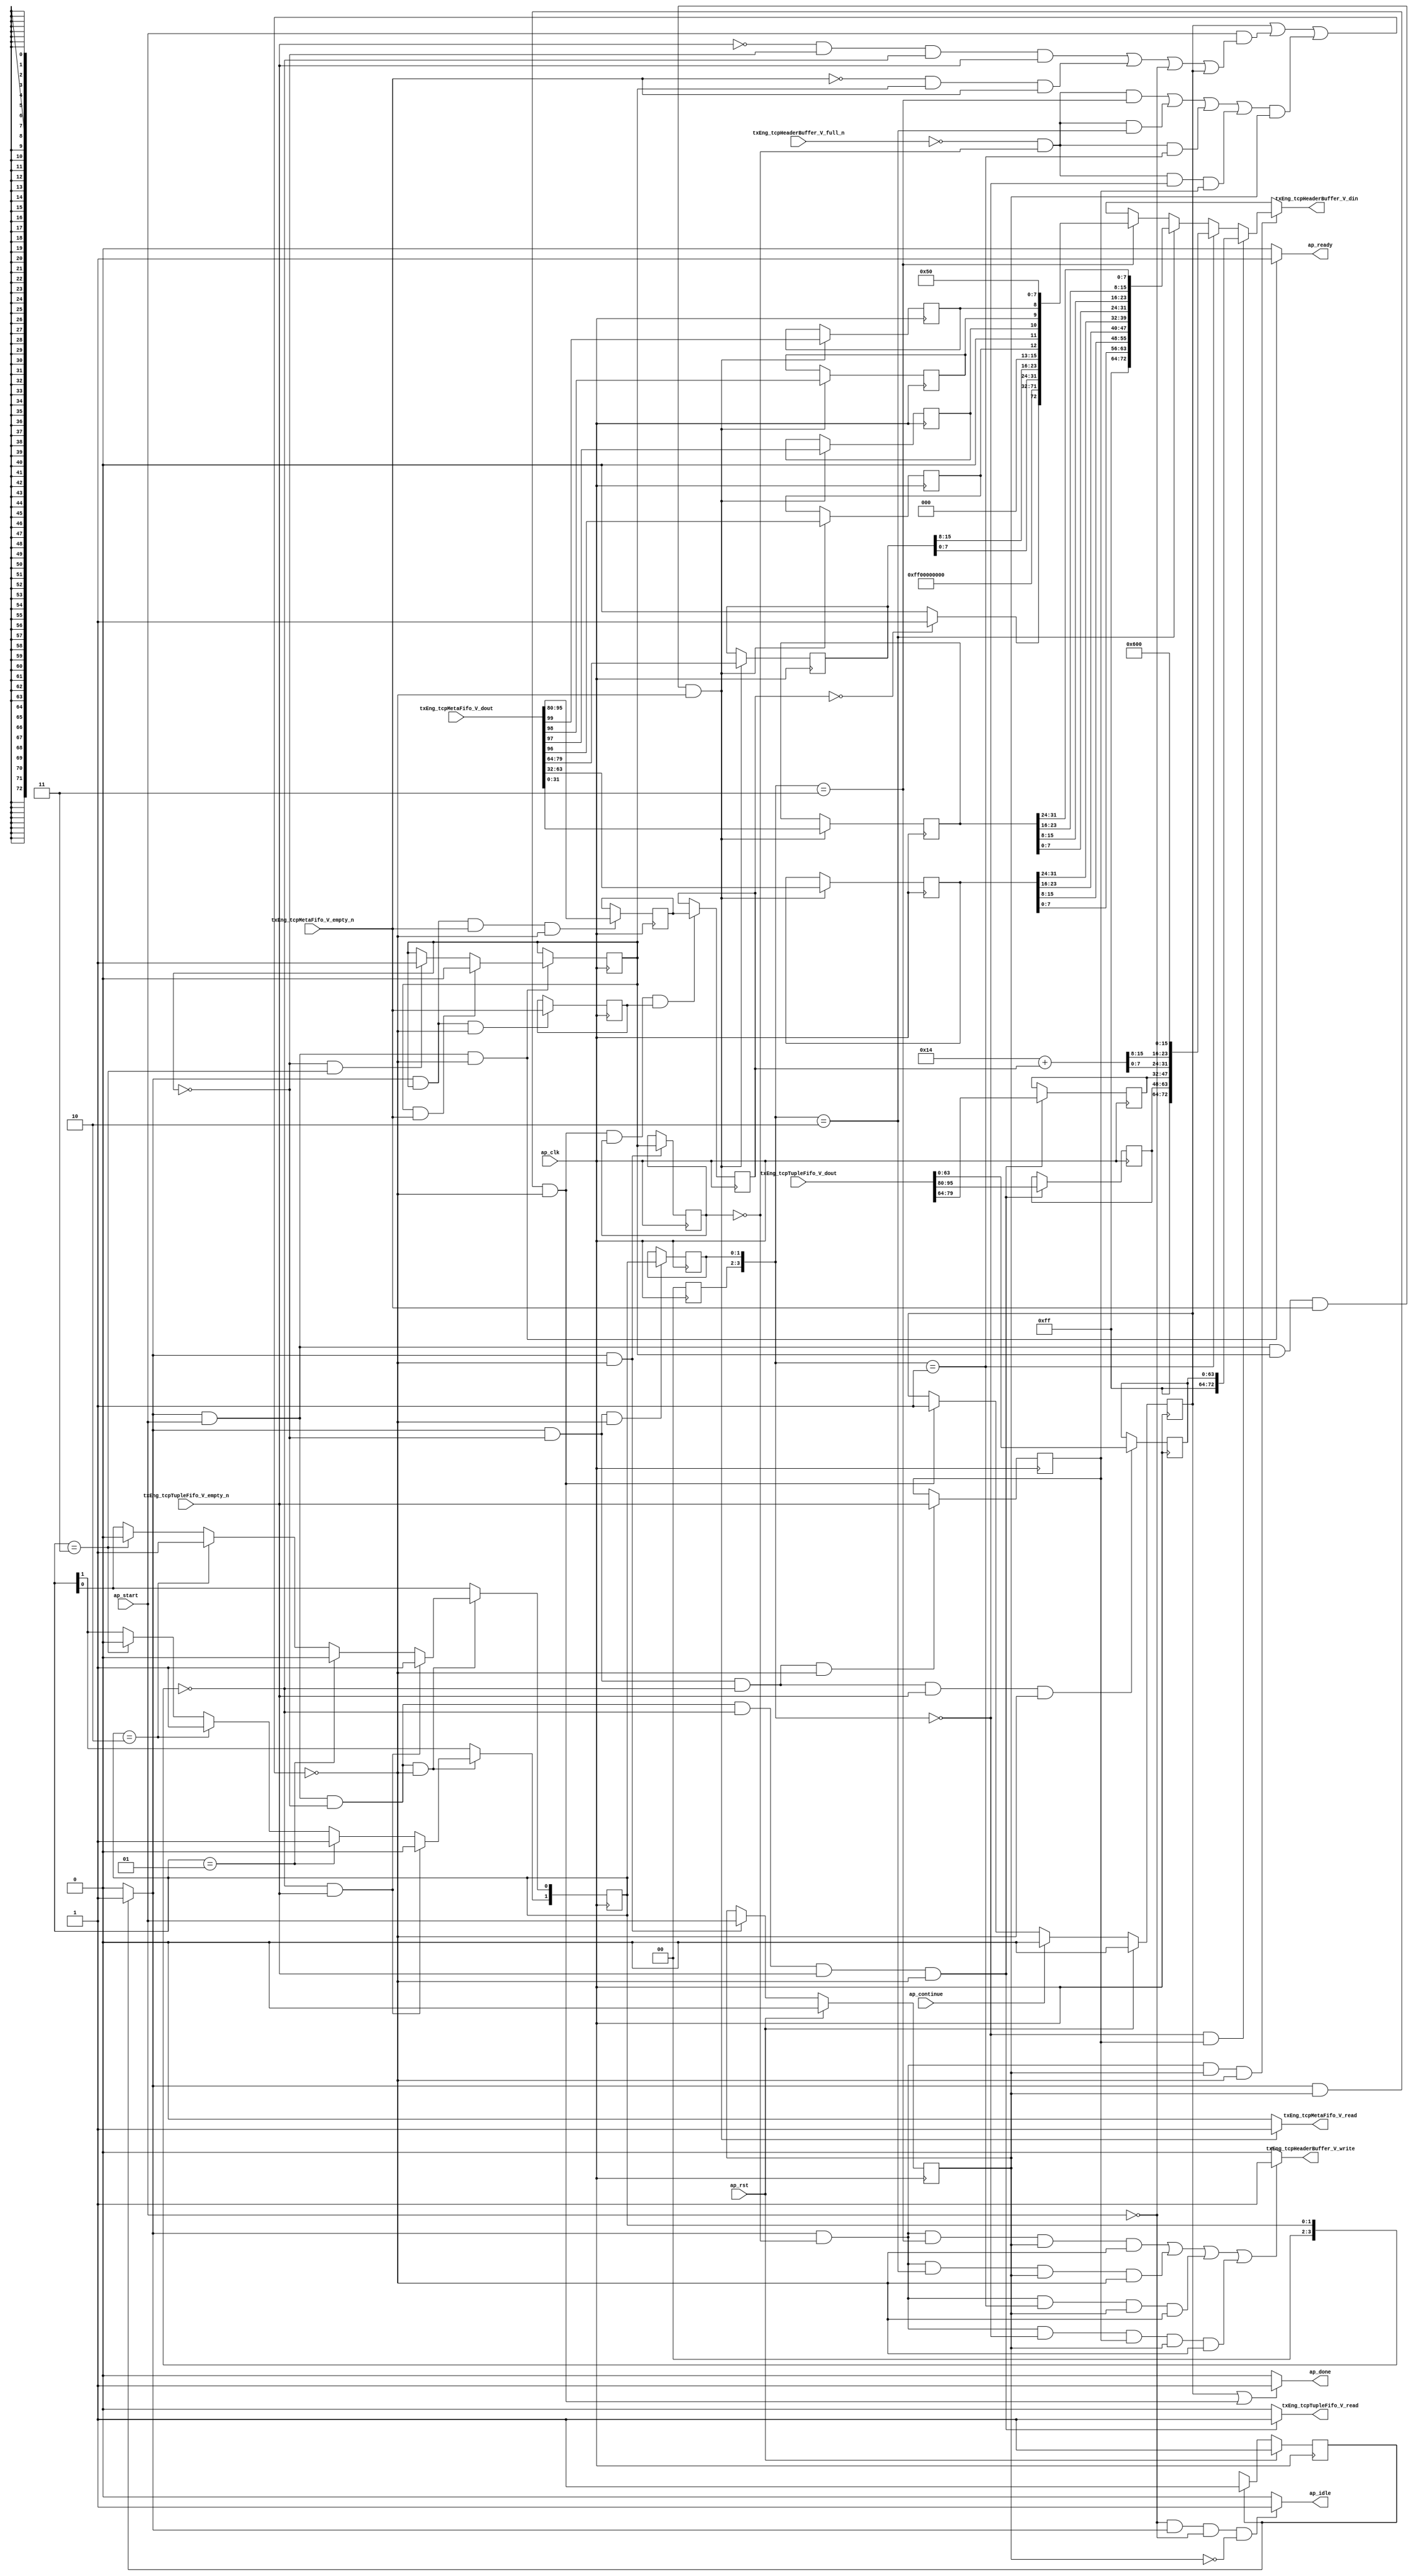
// ==============================================================
// RTL generated by Vivado(TM) HLS - High-Level Synthesis from C, C++ and SystemC
// Version: 2015.1
// Copyright (C) 2015 Xilinx Inc. All rights reserved.
// 
// ===========================================================

`timescale 1 ns / 1 ps 

module toe_pseudoHeaderConstruction (
        ap_clk,
        ap_rst,
        ap_start,
        ap_done,
        ap_continue,
        ap_idle,
        ap_ready,
        txEng_tcpTupleFifo_V_dout,
        txEng_tcpTupleFifo_V_empty_n,
        txEng_tcpTupleFifo_V_read,
        txEng_tcpMetaFifo_V_dout,
        txEng_tcpMetaFifo_V_empty_n,
        txEng_tcpMetaFifo_V_read,
        txEng_tcpHeaderBuffer_V_din,
        txEng_tcpHeaderBuffer_V_full_n,
        txEng_tcpHeaderBuffer_V_write
);

parameter    ap_const_logic_1 = 1'b1;
parameter    ap_const_logic_0 = 1'b0;
parameter    ap_ST_pp0_stg0_fsm_0 = 1'b1;
parameter    ap_const_lv32_0 = 32'b00000000000000000000000000000000;
parameter    ap_const_lv1_1 = 1'b1;
parameter    ap_const_lv1_0 = 1'b0;
parameter    ap_const_lv4_0 = 4'b0000;
parameter    ap_const_lv4_3 = 4'b11;
parameter    ap_const_lv4_2 = 4'b10;
parameter    ap_const_lv4_1 = 4'b1;
parameter    ap_const_lv16_0 = 16'b0000000000000000;
parameter    ap_const_lv32_40 = 32'b1000000;
parameter    ap_const_lv32_4F = 32'b1001111;
parameter    ap_const_lv32_50 = 32'b1010000;
parameter    ap_const_lv32_5F = 32'b1011111;
parameter    ap_const_lv32_20 = 32'b100000;
parameter    ap_const_lv32_3F = 32'b111111;
parameter    ap_const_lv32_60 = 32'b1100000;
parameter    ap_const_lv32_61 = 32'b1100001;
parameter    ap_const_lv32_62 = 32'b1100010;
parameter    ap_const_lv32_63 = 32'b1100011;
parameter    ap_const_lv32_8 = 32'b1000;
parameter    ap_const_lv32_F = 32'b1111;
parameter    ap_const_lv40_FF00000000 = 40'b1111111100000000000000000000000000000000;
parameter    ap_const_lv3_0 = 3'b000;
parameter    ap_const_lv8_50 = 8'b1010000;
parameter    ap_const_lv32_18 = 32'b11000;
parameter    ap_const_lv32_1F = 32'b11111;
parameter    ap_const_lv32_10 = 32'b10000;
parameter    ap_const_lv32_17 = 32'b10111;
parameter    ap_const_lv9_FF = 9'b11111111;
parameter    ap_const_lv16_14 = 16'b10100;
parameter    ap_const_lv16_600 = 16'b11000000000;
parameter    ap_true = 1'b1;

input   ap_clk;
input   ap_rst;
input   ap_start;
output   ap_done;
input   ap_continue;
output   ap_idle;
output   ap_ready;
input  [95:0] txEng_tcpTupleFifo_V_dout;
input   txEng_tcpTupleFifo_V_empty_n;
output   txEng_tcpTupleFifo_V_read;
input  [99:0] txEng_tcpMetaFifo_V_dout;
input   txEng_tcpMetaFifo_V_empty_n;
output   txEng_tcpMetaFifo_V_read;
output  [72:0] txEng_tcpHeaderBuffer_V_din;
input   txEng_tcpHeaderBuffer_V_full_n;
output   txEng_tcpHeaderBuffer_V_write;

reg ap_done;
reg ap_idle;
reg ap_ready;
reg txEng_tcpTupleFifo_V_read;
reg txEng_tcpMetaFifo_V_read;
reg[72:0] txEng_tcpHeaderBuffer_V_din;
reg txEng_tcpHeaderBuffer_V_write;
reg    ap_done_reg = 1'b0;
(* fsm_encoding = "none" *) reg   [0:0] ap_CS_fsm = 1'b1;
reg    ap_sig_cseq_ST_pp0_stg0_fsm_0;
reg    ap_sig_bdd_20;
wire    ap_reg_ppiten_pp0_it0;
reg    ap_reg_ppiten_pp0_it1 = 1'b0;
wire   [3:0] phc_currWord_load_load_fu_228_p1;
wire   [0:0] tmp_54_nbreadreq_fu_188_p3;
wire   [0:0] tmp_nbreadreq_fu_202_p3;
reg    ap_sig_bdd_68;
reg   [0:0] phc_done_load_reg_640;
reg   [3:0] phc_currWord_load_reg_644;
reg   [0:0] tmp_54_reg_648;
reg    ap_sig_bdd_100;
reg   [0:0] phc_done = 1'b1;
reg   [15:0] phc_meta_length_V = 16'b0000000000000000;
reg   [31:0] phc_meta_seqNumb_V = 32'b00000000000000000000000000000000;
reg   [31:0] phc_meta_ackNumb_V = 32'b00000000000000000000000000000000;
reg   [15:0] phc_meta_window_size_V = 16'b0000000000000000;
reg   [0:0] phc_meta_ack_V = 1'b0;
reg   [0:0] phc_meta_rst_V = 1'b0;
reg   [0:0] phc_meta_syn_V = 1'b0;
reg   [0:0] phc_meta_fin_V = 1'b0;
reg   [3:0] phc_currWord = 4'b0000;
reg   [15:0] phc_tuple_srcPort_V = 16'b0000000000000000;
reg   [15:0] phc_tuple_dstPort_V = 16'b0000000000000000;
wire   [63:0] tmp_261_fu_288_p1;
reg   [63:0] tmp_261_reg_652;
reg   [0:0] tmp_reg_657;
reg   [15:0] tmp_length_V_load_new_reg_661;
wire   [72:0] tmp_5_fu_456_p12;
wire   [72:0] tmp_4_fu_559_p10;
wire   [72:0] tmp_3_fu_610_p7;
wire   [72:0] tmp_2_fu_627_p3;
wire   [31:0] tmp_252_fu_298_p1;
wire   [0:0] tmp_last_V_fu_450_p2;
wire   [7:0] tmp_260_fu_446_p1;
wire   [7:0] p_Result_1_fu_436_p4;
wire   [7:0] tmp_259_fu_555_p1;
wire   [7:0] p_Result_4_fu_545_p4;
wire   [7:0] p_Result_3_fu_535_p4;
wire   [7:0] p_Result_2_fu_525_p4;
wire   [7:0] tmp_258_fu_517_p1;
wire   [7:0] p_Result_9_fu_507_p4;
wire   [7:0] p_Result_8_fu_497_p4;
wire   [7:0] p_Result_7_fu_487_p4;
wire   [15:0] length_V_fu_582_p2;
wire   [7:0] tmp_257_fu_598_p1;
wire   [7:0] p_Result_s_fu_588_p4;
reg   [0:0] ap_NS_fsm;
reg    ap_sig_pprstidle_pp0;
reg    ap_sig_bdd_391;
reg    ap_sig_bdd_390;
reg    ap_sig_bdd_153;
reg    ap_sig_bdd_62;
reg    ap_sig_bdd_107;
reg    ap_sig_bdd_400;
reg    ap_sig_bdd_399;




/// the current state (ap_CS_fsm) of the state machine. ///
always @ (posedge ap_clk)
begin : ap_ret_ap_CS_fsm
    if (ap_rst == 1'b1) begin
        ap_CS_fsm <= ap_ST_pp0_stg0_fsm_0;
    end else begin
        ap_CS_fsm <= ap_NS_fsm;
    end
end

/// ap_done_reg assign process. ///
always @ (posedge ap_clk)
begin : ap_ret_ap_done_reg
    if (ap_rst == 1'b1) begin
        ap_done_reg <= ap_const_logic_0;
    end else begin
        if ((ap_const_logic_1 == ap_continue)) begin
            ap_done_reg <= ap_const_logic_0;
        end else if (((ap_const_logic_1 == ap_sig_cseq_ST_pp0_stg0_fsm_0) & (ap_const_logic_1 == ap_reg_ppiten_pp0_it1) & ~((ap_done_reg == ap_const_logic_1) | ((ap_const_logic_1 == ap_reg_ppiten_pp0_it0) & ap_sig_bdd_68) | (ap_sig_bdd_100 & (ap_const_logic_1 == ap_reg_ppiten_pp0_it1))))) begin
            ap_done_reg <= ap_const_logic_1;
        end
    end
end

/// ap_reg_ppiten_pp0_it1 assign process. ///
always @ (posedge ap_clk)
begin : ap_ret_ap_reg_ppiten_pp0_it1
    if (ap_rst == 1'b1) begin
        ap_reg_ppiten_pp0_it1 <= ap_const_logic_0;
    end else begin
        if (((ap_const_logic_1 == ap_sig_cseq_ST_pp0_stg0_fsm_0) & ~((ap_done_reg == ap_const_logic_1) | ((ap_const_logic_1 == ap_reg_ppiten_pp0_it0) & ap_sig_bdd_68) | (ap_sig_bdd_100 & (ap_const_logic_1 == ap_reg_ppiten_pp0_it1))))) begin
            ap_reg_ppiten_pp0_it1 <= ap_reg_ppiten_pp0_it0;
        end
    end
end

/// assign process. ///
always @(posedge ap_clk)
begin
    if (ap_sig_bdd_390) begin
        if (ap_sig_bdd_391) begin
            phc_currWord[0] <= 1'b1;
            phc_currWord[1] <= 1'b0;
        end else if ((phc_currWord_load_load_fu_228_p1 == ap_const_lv4_1)) begin
            phc_currWord[0] <= 1'b0;
            phc_currWord[1] <= 1'b1;
        end else if ((phc_currWord_load_load_fu_228_p1 == ap_const_lv4_2)) begin
            phc_currWord[0] <= 1'b1;
            phc_currWord[1] <= 1'b1;
        end else if ((phc_currWord_load_load_fu_228_p1 == ap_const_lv4_3)) begin
            phc_currWord[0] <= 1'b0;
            phc_currWord[1] <= 1'b0;
        end
    end
end

/// assign process. ///
always @(posedge ap_clk)
begin
    if (ap_sig_bdd_107) begin
        if (ap_sig_bdd_62) begin
            phc_done <= ap_const_lv1_0;
        end else if (ap_sig_bdd_153) begin
            phc_done <= ap_const_lv1_1;
        end
    end
end

/// assign process. ///
always @(posedge ap_clk)
begin
    if (((ap_const_logic_1 == ap_sig_cseq_ST_pp0_stg0_fsm_0) & (phc_done == ap_const_lv1_0) & ~((ap_done_reg == ap_const_logic_1) | ((ap_const_logic_1 == ap_reg_ppiten_pp0_it0) & ap_sig_bdd_68) | (ap_sig_bdd_100 & (ap_const_logic_1 == ap_reg_ppiten_pp0_it1))))) begin
        phc_currWord_load_reg_644[1 : 0] <= phc_currWord[1 : 0];
    end
end

/// assign process. ///
always @(posedge ap_clk)
begin
    if (((ap_const_logic_1 == ap_sig_cseq_ST_pp0_stg0_fsm_0) & ~((ap_done_reg == ap_const_logic_1) | ((ap_const_logic_1 == ap_reg_ppiten_pp0_it0) & ap_sig_bdd_68) | (ap_sig_bdd_100 & (ap_const_logic_1 == ap_reg_ppiten_pp0_it1))))) begin
        phc_done_load_reg_640 <= phc_done;
    end
end

/// assign process. ///
always @(posedge ap_clk)
begin
    if (((ap_const_logic_1 == ap_sig_cseq_ST_pp0_stg0_fsm_0) & (ap_const_logic_1 == ap_reg_ppiten_pp0_it0) & ~(phc_done == ap_const_lv1_0) & ~(ap_const_lv1_0 == tmp_nbreadreq_fu_202_p3) & ~((ap_done_reg == ap_const_logic_1) | ((ap_const_logic_1 == ap_reg_ppiten_pp0_it0) & ap_sig_bdd_68) | (ap_sig_bdd_100 & (ap_const_logic_1 == ap_reg_ppiten_pp0_it1))))) begin
        phc_meta_ackNumb_V <= {{txEng_tcpMetaFifo_V_dout[ap_const_lv32_3F : ap_const_lv32_20]}};
        phc_meta_ack_V <= txEng_tcpMetaFifo_V_dout[ap_const_lv32_60];
        phc_meta_fin_V <= txEng_tcpMetaFifo_V_dout[ap_const_lv32_63];
        phc_meta_rst_V <= txEng_tcpMetaFifo_V_dout[ap_const_lv32_61];
        phc_meta_seqNumb_V <= tmp_252_fu_298_p1;
        phc_meta_syn_V <= txEng_tcpMetaFifo_V_dout[ap_const_lv32_62];
        phc_meta_window_size_V <= {{txEng_tcpMetaFifo_V_dout[ap_const_lv32_4F : ap_const_lv32_40]}};
    end
end

/// assign process. ///
always @(posedge ap_clk)
begin
    if (((ap_const_logic_1 == ap_sig_cseq_ST_pp0_stg0_fsm_0) & (ap_const_logic_1 == ap_reg_ppiten_pp0_it1) & ~((ap_done_reg == ap_const_logic_1) | ((ap_const_logic_1 == ap_reg_ppiten_pp0_it0) & ap_sig_bdd_68) | (ap_sig_bdd_100 & (ap_const_logic_1 == ap_reg_ppiten_pp0_it1))) & ~(ap_const_lv1_0 == phc_done_load_reg_640) & ~(ap_const_lv1_0 == tmp_reg_657))) begin
        phc_meta_length_V <= tmp_length_V_load_new_reg_661;
    end
end

/// assign process. ///
always @(posedge ap_clk)
begin
    if (((ap_const_logic_1 == ap_sig_cseq_ST_pp0_stg0_fsm_0) & (ap_const_logic_1 == ap_reg_ppiten_pp0_it0) & (phc_done == ap_const_lv1_0) & (phc_currWord == ap_const_lv4_0) & ~(ap_const_lv1_0 == tmp_54_nbreadreq_fu_188_p3) & ~((ap_done_reg == ap_const_logic_1) | ((ap_const_logic_1 == ap_reg_ppiten_pp0_it0) & ap_sig_bdd_68) | (ap_sig_bdd_100 & (ap_const_logic_1 == ap_reg_ppiten_pp0_it1))))) begin
        phc_tuple_dstPort_V <= {{txEng_tcpTupleFifo_V_dout[ap_const_lv32_5F : ap_const_lv32_50]}};
        phc_tuple_srcPort_V <= {{txEng_tcpTupleFifo_V_dout[ap_const_lv32_4F : ap_const_lv32_40]}};
    end
end

/// assign process. ///
always @(posedge ap_clk)
begin
    if (((ap_const_logic_1 == ap_sig_cseq_ST_pp0_stg0_fsm_0) & (phc_done == ap_const_lv1_0) & (phc_currWord == ap_const_lv4_0) & ~(ap_const_lv1_0 == tmp_54_nbreadreq_fu_188_p3) & ~((ap_done_reg == ap_const_logic_1) | ((ap_const_logic_1 == ap_reg_ppiten_pp0_it0) & ap_sig_bdd_68) | (ap_sig_bdd_100 & (ap_const_logic_1 == ap_reg_ppiten_pp0_it1))))) begin
        tmp_261_reg_652 <= tmp_261_fu_288_p1;
    end
end

/// assign process. ///
always @(posedge ap_clk)
begin
    if (((ap_const_logic_1 == ap_sig_cseq_ST_pp0_stg0_fsm_0) & (phc_done == ap_const_lv1_0) & (phc_currWord == ap_const_lv4_0) & ~((ap_done_reg == ap_const_logic_1) | ((ap_const_logic_1 == ap_reg_ppiten_pp0_it0) & ap_sig_bdd_68) | (ap_sig_bdd_100 & (ap_const_logic_1 == ap_reg_ppiten_pp0_it1))))) begin
        tmp_54_reg_648 <= tmp_54_nbreadreq_fu_188_p3;
    end
end

/// assign process. ///
always @(posedge ap_clk)
begin
    if (((ap_const_logic_1 == ap_sig_cseq_ST_pp0_stg0_fsm_0) & ~(phc_done == ap_const_lv1_0) & ~(ap_const_lv1_0 == tmp_nbreadreq_fu_202_p3) & ~((ap_done_reg == ap_const_logic_1) | ((ap_const_logic_1 == ap_reg_ppiten_pp0_it0) & ap_sig_bdd_68) | (ap_sig_bdd_100 & (ap_const_logic_1 == ap_reg_ppiten_pp0_it1))))) begin
        tmp_length_V_load_new_reg_661 <= {{txEng_tcpMetaFifo_V_dout[ap_const_lv32_5F : ap_const_lv32_50]}};
    end
end

/// assign process. ///
always @(posedge ap_clk)
begin
    if (((ap_const_logic_1 == ap_sig_cseq_ST_pp0_stg0_fsm_0) & ~(phc_done == ap_const_lv1_0) & ~((ap_done_reg == ap_const_logic_1) | ((ap_const_logic_1 == ap_reg_ppiten_pp0_it0) & ap_sig_bdd_68) | (ap_sig_bdd_100 & (ap_const_logic_1 == ap_reg_ppiten_pp0_it1))))) begin
        tmp_reg_657 <= tmp_nbreadreq_fu_202_p3;
    end
end

/// ap_done assign process. ///
always @ (ap_done_reg or ap_sig_cseq_ST_pp0_stg0_fsm_0 or ap_reg_ppiten_pp0_it0 or ap_reg_ppiten_pp0_it1 or ap_sig_bdd_68 or ap_sig_bdd_100)
begin
    if (((ap_const_logic_1 == ap_done_reg) | ((ap_const_logic_1 == ap_sig_cseq_ST_pp0_stg0_fsm_0) & (ap_const_logic_1 == ap_reg_ppiten_pp0_it1) & ~((ap_done_reg == ap_const_logic_1) | ((ap_const_logic_1 == ap_reg_ppiten_pp0_it0) & ap_sig_bdd_68) | (ap_sig_bdd_100 & (ap_const_logic_1 == ap_reg_ppiten_pp0_it1)))))) begin
        ap_done = ap_const_logic_1;
    end else begin
        ap_done = ap_const_logic_0;
    end
end

/// ap_idle assign process. ///
always @ (ap_start or ap_sig_cseq_ST_pp0_stg0_fsm_0 or ap_reg_ppiten_pp0_it0 or ap_reg_ppiten_pp0_it1)
begin
    if ((~(ap_const_logic_1 == ap_start) & (ap_const_logic_1 == ap_sig_cseq_ST_pp0_stg0_fsm_0) & (ap_const_logic_0 == ap_reg_ppiten_pp0_it0) & (ap_const_logic_0 == ap_reg_ppiten_pp0_it1))) begin
        ap_idle = ap_const_logic_1;
    end else begin
        ap_idle = ap_const_logic_0;
    end
end

/// ap_ready assign process. ///
always @ (ap_done_reg or ap_sig_cseq_ST_pp0_stg0_fsm_0 or ap_reg_ppiten_pp0_it0 or ap_reg_ppiten_pp0_it1 or ap_sig_bdd_68 or ap_sig_bdd_100)
begin
    if (((ap_const_logic_1 == ap_sig_cseq_ST_pp0_stg0_fsm_0) & (ap_const_logic_1 == ap_reg_ppiten_pp0_it0) & ~((ap_done_reg == ap_const_logic_1) | ((ap_const_logic_1 == ap_reg_ppiten_pp0_it0) & ap_sig_bdd_68) | (ap_sig_bdd_100 & (ap_const_logic_1 == ap_reg_ppiten_pp0_it1))))) begin
        ap_ready = ap_const_logic_1;
    end else begin
        ap_ready = ap_const_logic_0;
    end
end

/// ap_sig_cseq_ST_pp0_stg0_fsm_0 assign process. ///
always @ (ap_sig_bdd_20)
begin
    if (ap_sig_bdd_20) begin
        ap_sig_cseq_ST_pp0_stg0_fsm_0 = ap_const_logic_1;
    end else begin
        ap_sig_cseq_ST_pp0_stg0_fsm_0 = ap_const_logic_0;
    end
end

/// ap_sig_pprstidle_pp0 assign process. ///
always @ (ap_start or ap_reg_ppiten_pp0_it0)
begin
    if (((ap_const_logic_0 == ap_reg_ppiten_pp0_it0) & (ap_const_logic_0 == ap_start))) begin
        ap_sig_pprstidle_pp0 = ap_const_logic_1;
    end else begin
        ap_sig_pprstidle_pp0 = ap_const_logic_0;
    end
end

/// txEng_tcpHeaderBuffer_V_din assign process. ///
always @ (phc_currWord_load_reg_644 or tmp_5_fu_456_p12 or tmp_4_fu_559_p10 or tmp_3_fu_610_p7 or tmp_2_fu_627_p3 or ap_sig_bdd_400 or ap_sig_bdd_399)
begin
    if (ap_sig_bdd_399) begin
        if (ap_sig_bdd_400) begin
            txEng_tcpHeaderBuffer_V_din = tmp_2_fu_627_p3;
        end else if ((phc_currWord_load_reg_644 == ap_const_lv4_1)) begin
            txEng_tcpHeaderBuffer_V_din = tmp_3_fu_610_p7;
        end else if ((phc_currWord_load_reg_644 == ap_const_lv4_2)) begin
            txEng_tcpHeaderBuffer_V_din = tmp_4_fu_559_p10;
        end else if ((phc_currWord_load_reg_644 == ap_const_lv4_3)) begin
            txEng_tcpHeaderBuffer_V_din = tmp_5_fu_456_p12;
        end else begin
            txEng_tcpHeaderBuffer_V_din = 'bx;
        end
    end else begin
        txEng_tcpHeaderBuffer_V_din = 'bx;
    end
end

/// txEng_tcpHeaderBuffer_V_write assign process. ///
always @ (ap_done_reg or ap_sig_cseq_ST_pp0_stg0_fsm_0 or ap_reg_ppiten_pp0_it0 or ap_reg_ppiten_pp0_it1 or ap_sig_bdd_68 or phc_done_load_reg_640 or phc_currWord_load_reg_644 or tmp_54_reg_648 or ap_sig_bdd_100)
begin
    if ((((ap_const_logic_1 == ap_sig_cseq_ST_pp0_stg0_fsm_0) & (ap_const_lv1_0 == phc_done_load_reg_640) & (phc_currWord_load_reg_644 == ap_const_lv4_3) & (ap_const_logic_1 == ap_reg_ppiten_pp0_it1) & ~((ap_done_reg == ap_const_logic_1) | ((ap_const_logic_1 == ap_reg_ppiten_pp0_it0) & ap_sig_bdd_68) | (ap_sig_bdd_100 & (ap_const_logic_1 == ap_reg_ppiten_pp0_it1)))) | ((ap_const_logic_1 == ap_sig_cseq_ST_pp0_stg0_fsm_0) & (ap_const_lv1_0 == phc_done_load_reg_640) & (phc_currWord_load_reg_644 == ap_const_lv4_2) & (ap_const_logic_1 == ap_reg_ppiten_pp0_it1) & ~((ap_done_reg == ap_const_logic_1) | ((ap_const_logic_1 == ap_reg_ppiten_pp0_it0) & ap_sig_bdd_68) | (ap_sig_bdd_100 & (ap_const_logic_1 == ap_reg_ppiten_pp0_it1)))) | ((ap_const_logic_1 == ap_sig_cseq_ST_pp0_stg0_fsm_0) & (ap_const_lv1_0 == phc_done_load_reg_640) & (phc_currWord_load_reg_644 == ap_const_lv4_1) & (ap_const_logic_1 == ap_reg_ppiten_pp0_it1) & ~((ap_done_reg == ap_const_logic_1) | ((ap_const_logic_1 == ap_reg_ppiten_pp0_it0) & ap_sig_bdd_68) | (ap_sig_bdd_100 & (ap_const_logic_1 == ap_reg_ppiten_pp0_it1)))) | ((ap_const_logic_1 == ap_sig_cseq_ST_pp0_stg0_fsm_0) & (ap_const_lv1_0 == phc_done_load_reg_640) & (ap_const_lv4_0 == phc_currWord_load_reg_644) & ~(ap_const_lv1_0 == tmp_54_reg_648) & (ap_const_logic_1 == ap_reg_ppiten_pp0_it1) & ~((ap_done_reg == ap_const_logic_1) | ((ap_const_logic_1 == ap_reg_ppiten_pp0_it0) & ap_sig_bdd_68) | (ap_sig_bdd_100 & (ap_const_logic_1 == ap_reg_ppiten_pp0_it1)))))) begin
        txEng_tcpHeaderBuffer_V_write = ap_const_logic_1;
    end else begin
        txEng_tcpHeaderBuffer_V_write = ap_const_logic_0;
    end
end

/// txEng_tcpMetaFifo_V_read assign process. ///
always @ (ap_done_reg or ap_sig_cseq_ST_pp0_stg0_fsm_0 or ap_reg_ppiten_pp0_it0 or ap_reg_ppiten_pp0_it1 or tmp_nbreadreq_fu_202_p3 or ap_sig_bdd_68 or ap_sig_bdd_100 or phc_done)
begin
    if (((ap_const_logic_1 == ap_sig_cseq_ST_pp0_stg0_fsm_0) & (ap_const_logic_1 == ap_reg_ppiten_pp0_it0) & ~(phc_done == ap_const_lv1_0) & ~(ap_const_lv1_0 == tmp_nbreadreq_fu_202_p3) & ~((ap_done_reg == ap_const_logic_1) | ((ap_const_logic_1 == ap_reg_ppiten_pp0_it0) & ap_sig_bdd_68) | (ap_sig_bdd_100 & (ap_const_logic_1 == ap_reg_ppiten_pp0_it1))))) begin
        txEng_tcpMetaFifo_V_read = ap_const_logic_1;
    end else begin
        txEng_tcpMetaFifo_V_read = ap_const_logic_0;
    end
end

/// txEng_tcpTupleFifo_V_read assign process. ///
always @ (ap_done_reg or ap_sig_cseq_ST_pp0_stg0_fsm_0 or ap_reg_ppiten_pp0_it0 or ap_reg_ppiten_pp0_it1 or tmp_54_nbreadreq_fu_188_p3 or ap_sig_bdd_68 or ap_sig_bdd_100 or phc_done or phc_currWord)
begin
    if (((ap_const_logic_1 == ap_sig_cseq_ST_pp0_stg0_fsm_0) & (ap_const_logic_1 == ap_reg_ppiten_pp0_it0) & (phc_done == ap_const_lv1_0) & (phc_currWord == ap_const_lv4_0) & ~(ap_const_lv1_0 == tmp_54_nbreadreq_fu_188_p3) & ~((ap_done_reg == ap_const_logic_1) | ((ap_const_logic_1 == ap_reg_ppiten_pp0_it0) & ap_sig_bdd_68) | (ap_sig_bdd_100 & (ap_const_logic_1 == ap_reg_ppiten_pp0_it1))))) begin
        txEng_tcpTupleFifo_V_read = ap_const_logic_1;
    end else begin
        txEng_tcpTupleFifo_V_read = ap_const_logic_0;
    end
end
/// the next state (ap_NS_fsm) of the state machine. ///
always @ (ap_done_reg or ap_CS_fsm or ap_reg_ppiten_pp0_it0 or ap_reg_ppiten_pp0_it1 or ap_sig_bdd_68 or ap_sig_bdd_100 or ap_sig_pprstidle_pp0)
begin
    case (ap_CS_fsm)
        ap_ST_pp0_stg0_fsm_0 : 
        begin
            ap_NS_fsm = ap_ST_pp0_stg0_fsm_0;
        end
        default : 
        begin
            ap_NS_fsm = 'bx;
        end
    endcase
end

assign ap_reg_ppiten_pp0_it0 = ap_start;

/// ap_sig_bdd_100 assign process. ///
always @ (txEng_tcpHeaderBuffer_V_full_n or phc_done_load_reg_640 or phc_currWord_load_reg_644 or tmp_54_reg_648)
begin
    ap_sig_bdd_100 = (((txEng_tcpHeaderBuffer_V_full_n == ap_const_logic_0) & (ap_const_lv1_0 == phc_done_load_reg_640) & (phc_currWord_load_reg_644 == ap_const_lv4_3)) | ((txEng_tcpHeaderBuffer_V_full_n == ap_const_logic_0) & (ap_const_lv1_0 == phc_done_load_reg_640) & (phc_currWord_load_reg_644 == ap_const_lv4_2)) | ((txEng_tcpHeaderBuffer_V_full_n == ap_const_logic_0) & (ap_const_lv1_0 == phc_done_load_reg_640) & (phc_currWord_load_reg_644 == ap_const_lv4_1)) | ((txEng_tcpHeaderBuffer_V_full_n == ap_const_logic_0) & (ap_const_lv1_0 == phc_done_load_reg_640) & (ap_const_lv4_0 == phc_currWord_load_reg_644) & ~(ap_const_lv1_0 == tmp_54_reg_648)));
end

/// ap_sig_bdd_107 assign process. ///
always @ (ap_done_reg or ap_sig_cseq_ST_pp0_stg0_fsm_0 or ap_reg_ppiten_pp0_it0 or ap_reg_ppiten_pp0_it1 or ap_sig_bdd_68 or ap_sig_bdd_100)
begin
    ap_sig_bdd_107 = ((ap_const_logic_1 == ap_sig_cseq_ST_pp0_stg0_fsm_0) & (ap_const_logic_1 == ap_reg_ppiten_pp0_it0) & ~((ap_done_reg == ap_const_logic_1) | ((ap_const_logic_1 == ap_reg_ppiten_pp0_it0) & ap_sig_bdd_68) | (ap_sig_bdd_100 & (ap_const_logic_1 == ap_reg_ppiten_pp0_it1))));
end

/// ap_sig_bdd_153 assign process. ///
always @ (phc_currWord_load_load_fu_228_p1 or phc_done)
begin
    ap_sig_bdd_153 = ((phc_done == ap_const_lv1_0) & (phc_currWord_load_load_fu_228_p1 == ap_const_lv4_3));
end

/// ap_sig_bdd_20 assign process. ///
always @ (ap_CS_fsm)
begin
    ap_sig_bdd_20 = (ap_CS_fsm[ap_const_lv32_0] == ap_const_lv1_1);
end

/// ap_sig_bdd_390 assign process. ///
always @ (ap_done_reg or ap_sig_cseq_ST_pp0_stg0_fsm_0 or ap_reg_ppiten_pp0_it0 or ap_reg_ppiten_pp0_it1 or ap_sig_bdd_68 or ap_sig_bdd_100 or phc_done)
begin
    ap_sig_bdd_390 = ((ap_const_logic_1 == ap_sig_cseq_ST_pp0_stg0_fsm_0) & (ap_const_logic_1 == ap_reg_ppiten_pp0_it0) & (phc_done == ap_const_lv1_0) & ~((ap_done_reg == ap_const_logic_1) | ((ap_const_logic_1 == ap_reg_ppiten_pp0_it0) & ap_sig_bdd_68) | (ap_sig_bdd_100 & (ap_const_logic_1 == ap_reg_ppiten_pp0_it1))));
end

/// ap_sig_bdd_391 assign process. ///
always @ (tmp_54_nbreadreq_fu_188_p3 or phc_currWord)
begin
    ap_sig_bdd_391 = ((phc_currWord == ap_const_lv4_0) & ~(ap_const_lv1_0 == tmp_54_nbreadreq_fu_188_p3));
end

/// ap_sig_bdd_399 assign process. ///
always @ (ap_done_reg or ap_sig_cseq_ST_pp0_stg0_fsm_0 or ap_reg_ppiten_pp0_it0 or ap_reg_ppiten_pp0_it1 or ap_sig_bdd_68 or phc_done_load_reg_640 or ap_sig_bdd_100)
begin
    ap_sig_bdd_399 = ((ap_const_logic_1 == ap_sig_cseq_ST_pp0_stg0_fsm_0) & (ap_const_lv1_0 == phc_done_load_reg_640) & (ap_const_logic_1 == ap_reg_ppiten_pp0_it1) & ~((ap_done_reg == ap_const_logic_1) | ((ap_const_logic_1 == ap_reg_ppiten_pp0_it0) & ap_sig_bdd_68) | (ap_sig_bdd_100 & (ap_const_logic_1 == ap_reg_ppiten_pp0_it1))));
end

/// ap_sig_bdd_400 assign process. ///
always @ (phc_currWord_load_reg_644 or tmp_54_reg_648)
begin
    ap_sig_bdd_400 = ((ap_const_lv4_0 == phc_currWord_load_reg_644) & ~(ap_const_lv1_0 == tmp_54_reg_648));
end

/// ap_sig_bdd_62 assign process. ///
always @ (tmp_nbreadreq_fu_202_p3 or phc_done)
begin
    ap_sig_bdd_62 = (~(phc_done == ap_const_lv1_0) & ~(ap_const_lv1_0 == tmp_nbreadreq_fu_202_p3));
end

/// ap_sig_bdd_68 assign process. ///
always @ (ap_start or ap_done_reg or txEng_tcpTupleFifo_V_empty_n or tmp_54_nbreadreq_fu_188_p3 or txEng_tcpMetaFifo_V_empty_n or tmp_nbreadreq_fu_202_p3 or phc_done or phc_currWord)
begin
    ap_sig_bdd_68 = (((txEng_tcpTupleFifo_V_empty_n == ap_const_logic_0) & (phc_done == ap_const_lv1_0) & (phc_currWord == ap_const_lv4_0) & ~(ap_const_lv1_0 == tmp_54_nbreadreq_fu_188_p3)) | ((txEng_tcpMetaFifo_V_empty_n == ap_const_logic_0) & ~(phc_done == ap_const_lv1_0) & ~(ap_const_lv1_0 == tmp_nbreadreq_fu_202_p3)) | (ap_start == ap_const_logic_0) | (ap_done_reg == ap_const_logic_1));
end
assign length_V_fu_582_p2 = (ap_const_lv16_14 + phc_meta_length_V);
assign p_Result_1_fu_436_p4 = {{phc_meta_window_size_V[ap_const_lv32_F : ap_const_lv32_8]}};
assign p_Result_2_fu_525_p4 = {{phc_meta_ackNumb_V[ap_const_lv32_1F : ap_const_lv32_18]}};
assign p_Result_3_fu_535_p4 = {{phc_meta_ackNumb_V[ap_const_lv32_17 : ap_const_lv32_10]}};
assign p_Result_4_fu_545_p4 = {{phc_meta_ackNumb_V[ap_const_lv32_F : ap_const_lv32_8]}};
assign p_Result_7_fu_487_p4 = {{phc_meta_seqNumb_V[ap_const_lv32_1F : ap_const_lv32_18]}};
assign p_Result_8_fu_497_p4 = {{phc_meta_seqNumb_V[ap_const_lv32_17 : ap_const_lv32_10]}};
assign p_Result_9_fu_507_p4 = {{phc_meta_seqNumb_V[ap_const_lv32_F : ap_const_lv32_8]}};
assign p_Result_s_fu_588_p4 = {{length_V_fu_582_p2[ap_const_lv32_F : ap_const_lv32_8]}};
assign phc_currWord_load_load_fu_228_p1 = phc_currWord;
assign tmp_252_fu_298_p1 = txEng_tcpMetaFifo_V_dout[31:0];
assign tmp_257_fu_598_p1 = length_V_fu_582_p2[7:0];
assign tmp_258_fu_517_p1 = phc_meta_seqNumb_V[7:0];
assign tmp_259_fu_555_p1 = phc_meta_ackNumb_V[7:0];
assign tmp_260_fu_446_p1 = phc_meta_window_size_V[7:0];
assign tmp_261_fu_288_p1 = txEng_tcpTupleFifo_V_dout[63:0];
assign tmp_2_fu_627_p3 = {{ap_const_lv9_FF}, {tmp_261_reg_652}};
assign tmp_3_fu_610_p7 = {{{{{{{{{{ap_const_lv9_FF}, {phc_tuple_dstPort_V}}}, {phc_tuple_srcPort_V}}}, {tmp_257_fu_598_p1}}}, {p_Result_s_fu_588_p4}}}, {ap_const_lv16_600}};
assign tmp_4_fu_559_p10 = {{{{{{{{{{{{{{{{ap_const_lv9_FF}, {tmp_259_fu_555_p1}}}, {p_Result_4_fu_545_p4}}}, {p_Result_3_fu_535_p4}}}, {p_Result_2_fu_525_p4}}}, {tmp_258_fu_517_p1}}}, {p_Result_9_fu_507_p4}}}, {p_Result_8_fu_497_p4}}}, {p_Result_7_fu_487_p4}};
assign tmp_54_nbreadreq_fu_188_p3 = txEng_tcpTupleFifo_V_empty_n;
assign tmp_5_fu_456_p12 = {{{{{{{{{{{tmp_last_V_fu_450_p2}, {ap_const_lv40_FF00000000}}, {tmp_260_fu_446_p1}}, {p_Result_1_fu_436_p4}}, {ap_const_lv3_0}}, {phc_meta_ack_V}}, {ap_const_lv1_0}}, {phc_meta_rst_V}}, {phc_meta_syn_V}}, {phc_meta_fin_V}}, {ap_const_lv8_50}};
assign tmp_last_V_fu_450_p2 = (phc_meta_length_V == ap_const_lv16_0? 1'b1: 1'b0);
assign tmp_nbreadreq_fu_202_p3 = txEng_tcpMetaFifo_V_empty_n;
always @ (posedge ap_clk)
begin
    phc_currWord_load_reg_644[3:2] <= 2'b00;
    phc_currWord[3:2] <= 2'b00;
end



endmodule //toe_pseudoHeaderConstruction